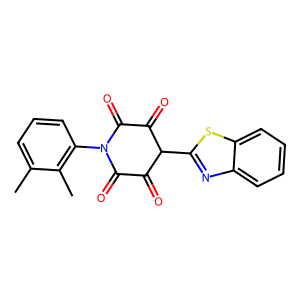
SMILES: Cc1cccc(N2C(=O)C(=O)C(c3nc4ccccc4s3)C(=O)C2=O)c1C
Inhibits HIV replication: No